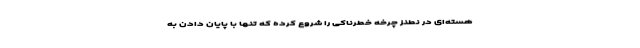
هسته‌ای در نطنز چرخه خطرناکی را شروع کرده که تنها با پایان دادن به